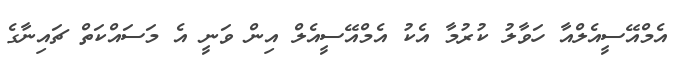
އެމްއޭސީއެލްއާ ހަވާލު ކުރުމާ އެކު އެމްއޭސީއެލް އިން ވަނީ އެ މަސައްކަތް ޗައިނާގެ